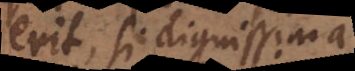
erit, si dignissima